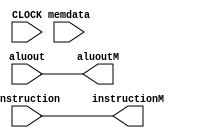
`timescale 100fs/100fs

module MEMR (
    input CLOCK,
    input signed [31:0] aluout,
    input [31:0] instruction,
    input [31:0] memdata,
    output signed [31:0] aluoutM,
    output [31:0] instructionM
);

reg [5:0] op;
reg [31:0] outdata;
reg [31:0] Ins;
always @(instruction,aluout) begin
    op = instruction[31:26];
    Ins = instruction[31:0];
    case (op)
        100011: begin
            outdata = memdata;
        end
        101011: begin
            outdata = memdata;
        end
        default: begin 
            outdata = aluout;
        end
    endcase
    //$display("%b : %b", outdata, Ins);
end
assign aluoutM[31:0] = outdata[31:0];
assign instructionM[31:0] = Ins[31:0];
endmodule